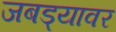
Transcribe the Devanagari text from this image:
जबड्यावर